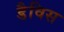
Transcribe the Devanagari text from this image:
डैविस